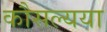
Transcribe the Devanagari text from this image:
कौसल्यया